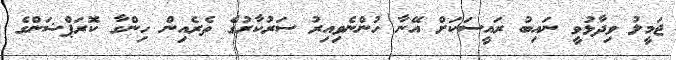
ޖަމީލު ވިދާޅުވީ ނައިބު ރައީސަކަށް އޭނާ ހުންނެވިއިރު ސަރުކާރުގެ ތެރެއިން ހިންގާ ކޮރަޕްޝަންގެ